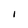
Character: 1